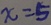
x = 5